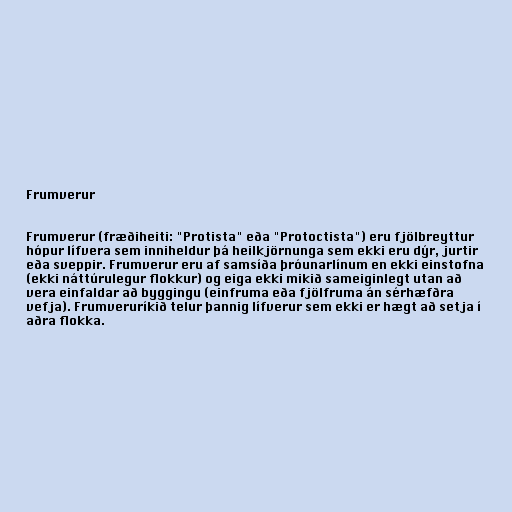
Frumverur

Frumverur (fræðiheiti: "Protista" eða "Protoctista") eru fjölbreyttur
hópur lífvera sem inniheldur þá heilkjörnunga sem ekki eru dýr, jurtir
eða sveppir. Frumverur eru af samsíða þróunarlínum en ekki einstofna
(ekki náttúrulegur flokkur) og eiga ekki mikið sameiginlegt utan að
vera einfaldar að byggingu (einfruma eða fjölfruma án sérhæfðra
vefja). Frumveruríkið telur þannig lífverur sem ekki er hægt að setja í
aðra flokka.